Leningradi_Edasi_toimetus, lk 72
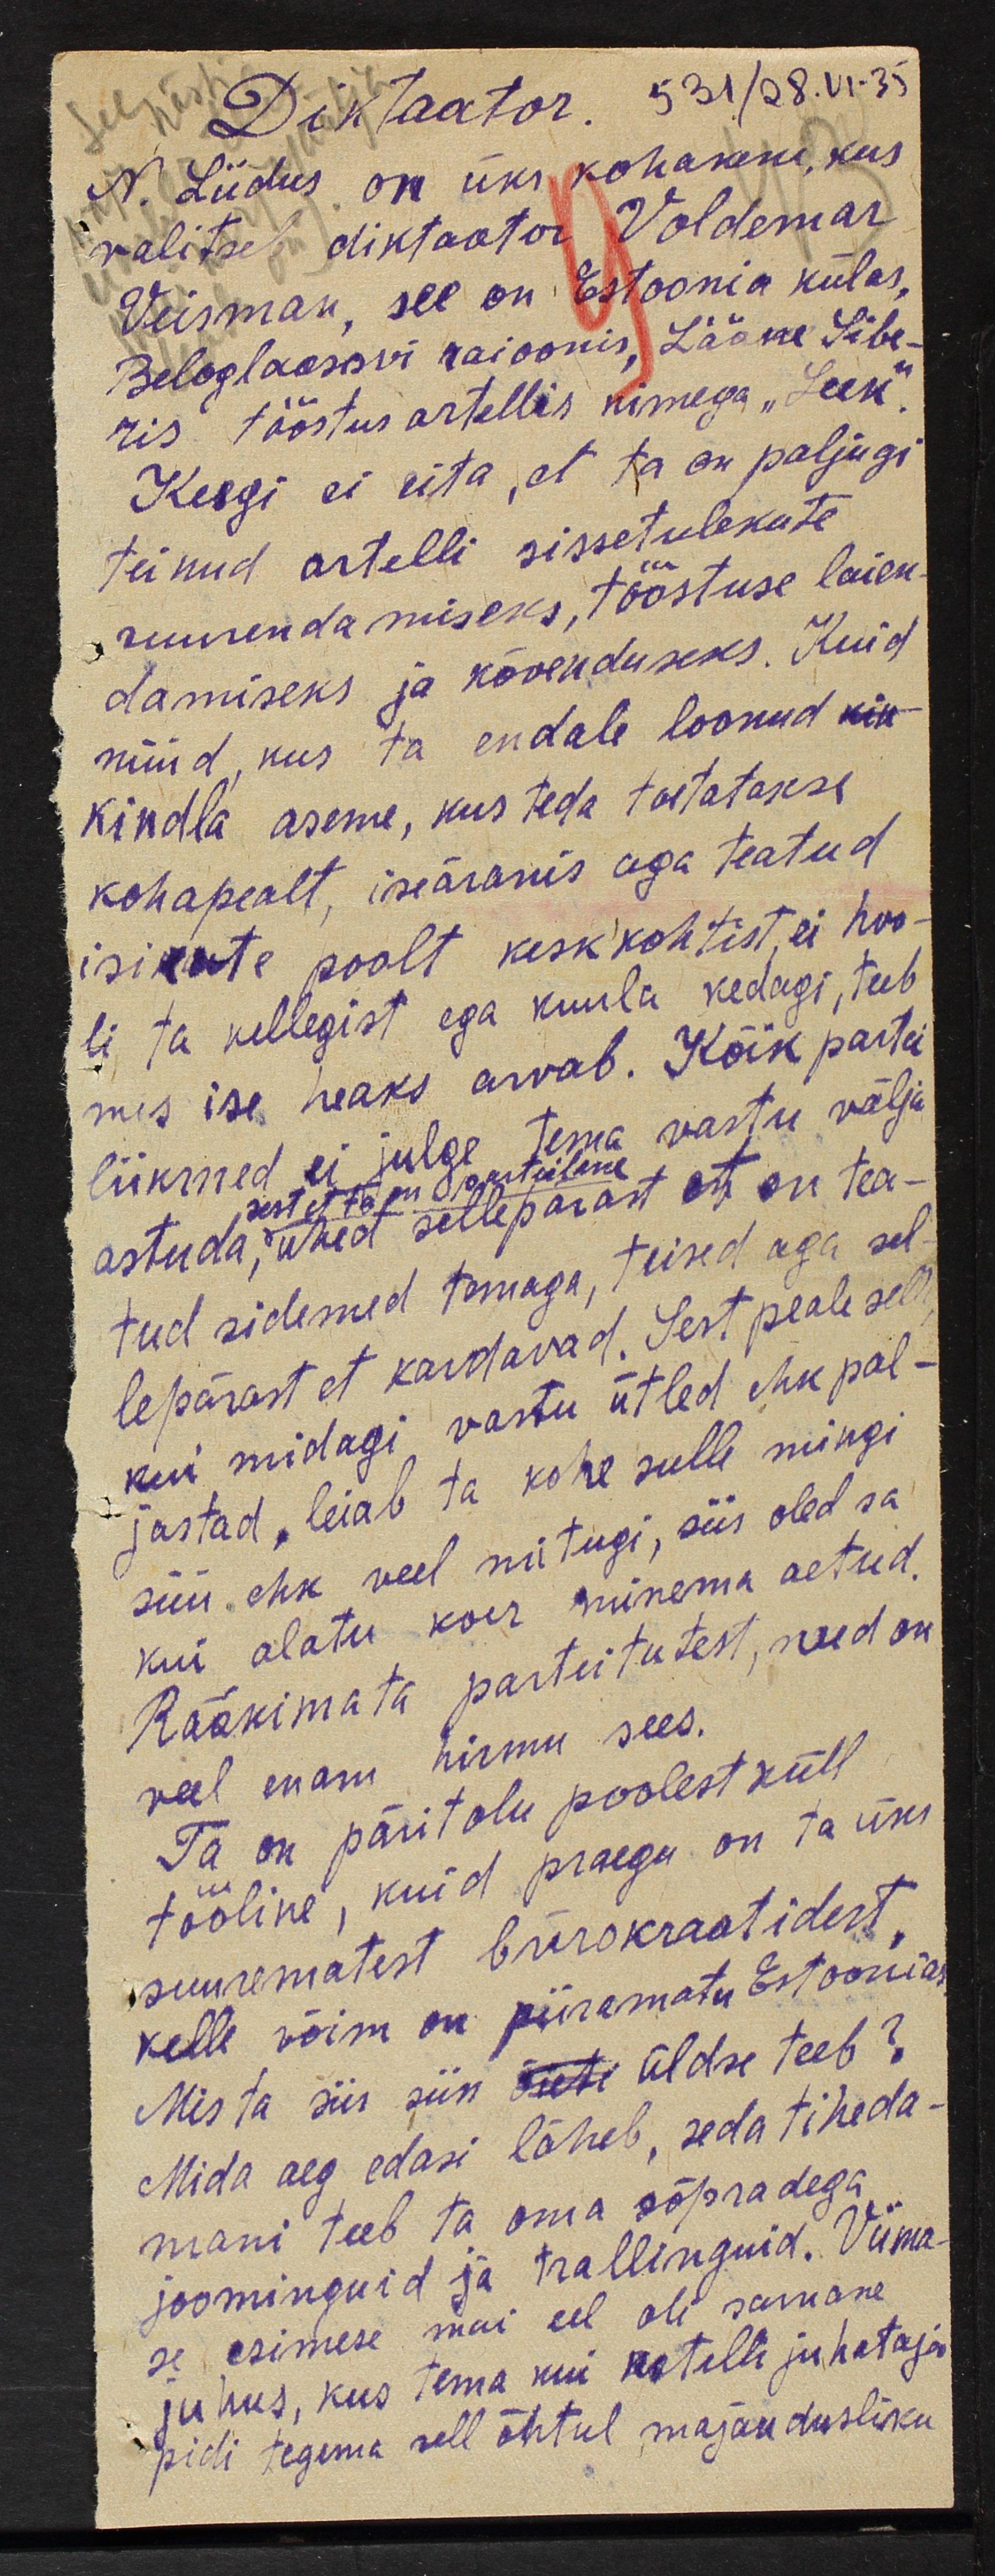
Diktaator. 531/28.VI.35
N. Liidus on üks kohakene, kus
valitseb diktaator Voldemar
Veisman, see on Estoonia külas,
Beloglaossvi raioonis, Lääne Sibe-
ris tööstus artellis nimega "Leek"
Keegi ei eita, et ta on paljugi
teinud artelli sissetulekute
suurendamiseks, tööstuse laien-
damiseks ja kõvenduseks. Kuid
nüüd, kus ta endale loonud kin-
kindla aseme, kus teda toetatakse
kohapealt, iseäranis aga teatud
isikute poolt keskkohtist, ei hoo-
li ta kellegist ega kuula kedagi, teeb
mis ise heaks arvab. Kõik partei
liikmed ei julge tema vastu välja
astuda, ühed sellepärast on tea-
tud sidemed temaga, teised aga sel-
lepärast et kardavad. Sest peale selle
kui midagi vastu ütled ehk pal-
jastad, leiab ta kohe sulle mingi
süü, ehk veel mitugi, siis oled sa
kui alatu koer minema aetud.
Rääkimata parteitutest, need on
veel enam hirmu sees.
Ta on päritolu poolest küll
tööline, kuid praegu on ta üks
suurematest bürokraatidest
kelle võim on piiramatu Estoonias
Mis ta siis siin õieti üldse teeb?
Mida aeg edasi läheb, seda tiheda-
mani teeb ta oma sõpradega
joominguid ja tralinguid. Viima
se esimese mai eel oli sarnane
juhus, kus tema kui artelli juhataja
pidi tegema sell õhtul majandusliku